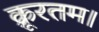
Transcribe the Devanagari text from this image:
क्रूरतम।